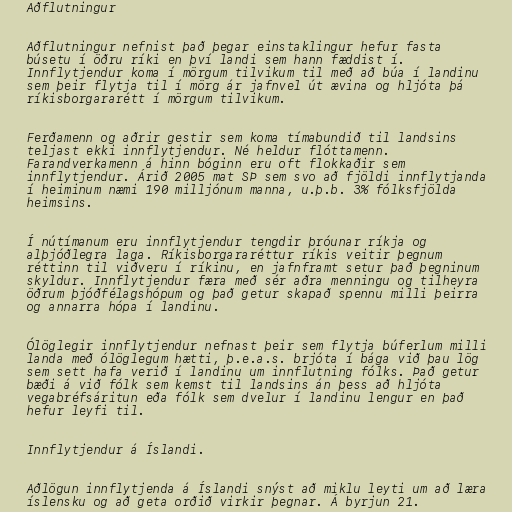
Aðflutningur

Aðflutningur nefnist það þegar einstaklingur hefur fasta
búsetu í öðru ríki en því landi sem hann fæddist í.
Innflytjendur koma í mörgum tilvikum til með að búa í landinu
sem þeir flytja til í mörg ár jafnvel út ævina og hljóta þá
ríkisborgararétt í mörgum tilvikum.

Ferðamenn og aðrir gestir sem koma tímabundið til landsins
teljast ekki innflytjendur. Né heldur flóttamenn.
Farandverkamenn á hinn bóginn eru oft flokkaðir sem
innflytjendur. Árið 2005 mat SÞ sem svo að fjöldi innflytjanda
í heiminum næmi 190 milljónum manna, u.þ.b. 3% fólksfjölda
heimsins.

Í nútímanum eru innflytjendur tengdir þróunar ríkja og
alþjóðlegra laga. Ríkisborgararéttur ríkis veitir þegnum
réttinn til viðveru í ríkinu, en jafnframt setur það þegninum
skyldur. Innflytjendur færa með sér aðra menningu og tilheyra
öðrum þjóðfélagshópum og það getur skapað spennu milli þeirra
og annarra hópa í landinu.

Ólöglegir innflytjendur nefnast þeir sem flytja búferlum milli
landa með ólöglegum hætti, þ.e.a.s. brjóta í bága við þau lög
sem sett hafa verið í landinu um innflutning fólks. Það getur
bæði á við fólk sem kemst til landsins án þess að hljóta
vegabréfsáritun eða fólk sem dvelur í landinu lengur en það
hefur leyfi til.

Innflytjendur á Íslandi.

Aðlögun innflytjenda á Íslandi snýst að miklu leyti um að læra
íslensku og að geta orðið virkir þegnar. Á byrjun 21.